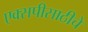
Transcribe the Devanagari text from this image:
एक्सपीसाठीचे